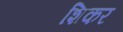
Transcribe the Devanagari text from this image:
शिकर